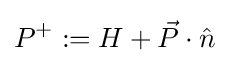
P^{+}:=H+{\vec {P}}\cdot {\hat {n}}